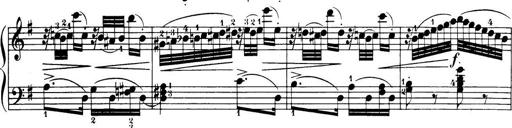
Title: 32 Sonatinas and Rondos for the Piano
Composer: Richard Kleinmichel